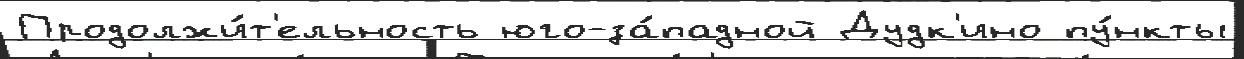
Продолжи́т'ельность юго-за́падной Дудк'ино пу́нкты